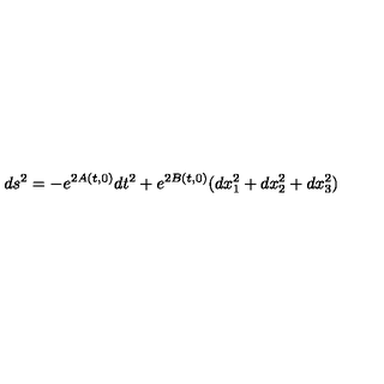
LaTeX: d s ^ { 2 } = - e ^ { 2 A ( t , 0 ) } d t ^ { 2 } + e ^ { 2 B ( t , 0 ) } ( d x _ { 1 } ^ { 2 } + d x _ { 2 } ^ { 2 } + d x _ { 3 } ^ { 2 } )